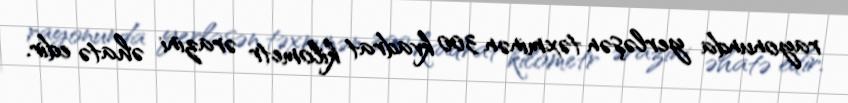
rayonunda yerləşən təxminən 300 kvadrat kilometr ərazini əhatə edir.